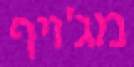
מג'ויף